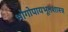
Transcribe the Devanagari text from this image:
भोगोपायभूतशास्त्र